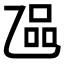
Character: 𬼬